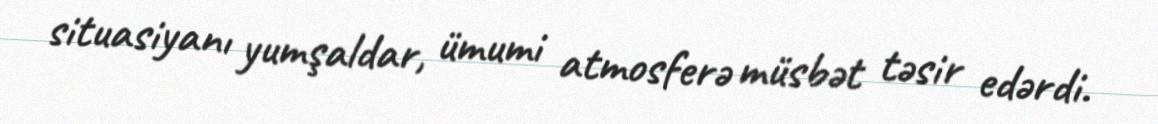
situasiyanı yumşaldar, ümumi atmosferə müsbət təsir edərdi.